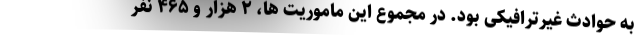
به حوادث غیرترافیکی بود. در مجموع این ماموریت ها، ۲ هزار و ۴۶۵ نفر